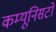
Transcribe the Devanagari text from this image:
कम्यूनिसटों